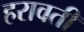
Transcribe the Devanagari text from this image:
हरावती